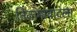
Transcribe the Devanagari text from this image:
निजामाबादला